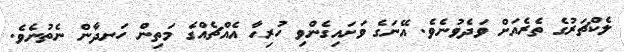
ލެކްޗަރުގެ ތެރެއަށް ވަދެވުނެވެ. އޭނަގެ ވަށައިގެންވި ހުރިހާ އެއްޗެއްގެ މަތިން ހަނދާން ނެތުނެވެ.